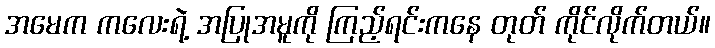
အမေက ကလေးရဲ့ အပြုအမူကို ကြည့်ရင်းကနေ တုတ် ကိုင်လိုက်တယ်။